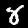
Digit: 8